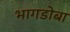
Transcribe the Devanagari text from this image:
भागडोबा